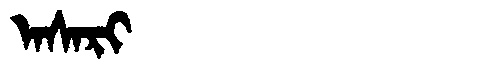
Manchu: ᠠᠰᠠᡵᡳ
Romanization: ASARI